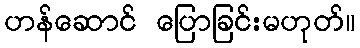
ဟန်ဆောင် ပြောခြင်းမဟုတ်။